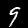
Label: 9